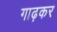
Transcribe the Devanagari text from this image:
गाढ़कर